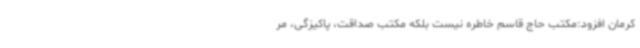
کرمان افزود:مکتب حاج قاسم خاطره نیست بلکه مکتب صداقت، پاکیزگی، مر